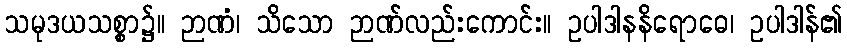
သမုဒယသစ္စာ၌။ ဉာဏံ၊ သိသော ဉာဏ်လည်းကောင်း။ ဥပါဒါနနိရောဓေ၊ ဥပါဒါန်၏